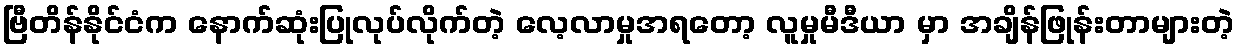
ဗြီတိန်နိုင်ငံက နောက်ဆုံးပြုလုပ်လိုက်တဲ့ လေ့လာမှုအရတော့ လူမှုမီဒီယာ မှာ အချိန်ဖြုန်းတာများတဲ့